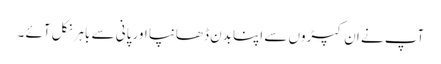
آپ نے ان کپڑوں سے اپنا بدن ڈھانپا اور پانی سے باہر نکل آئے ۔